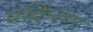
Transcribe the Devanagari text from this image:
प्रकिरण